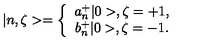
| n , \zeta > = \left\{ \begin{array} { c } { a _ { n } ^ { + } | 0 > , \zeta = + 1 , } \\ { b _ { n } ^ { + } | 0 > , \zeta = - 1 . } \\ \end{array} \right.